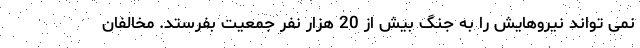
نمی تواند نیروهایش را به جنگ بیش از 20 هزار نفر جمعیت بفرستد. مخالفان